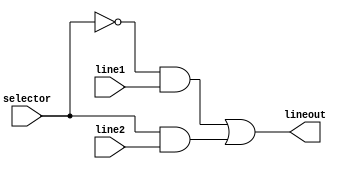
module muxer(line1, line2, selector, lineout);

	// Define input lines
	input line1, line2, selector;
	output lineout;
	// Select the output
	assign lineout = (~selector & line1) | (selector & line2);

endmodule